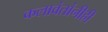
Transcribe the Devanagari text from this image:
कलावंतांनीही